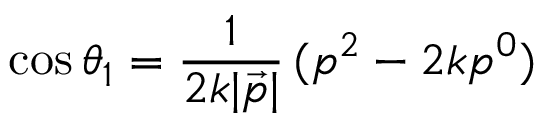
\cos \theta _ { 1 } = \frac { 1 } { 2 k | \vec { p } | } \, ( p ^ { 2 } - 2 k p ^ { 0 } )